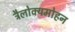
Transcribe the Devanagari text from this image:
त्रैलोक्यमोहन